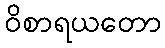
ဝိစာရယတော